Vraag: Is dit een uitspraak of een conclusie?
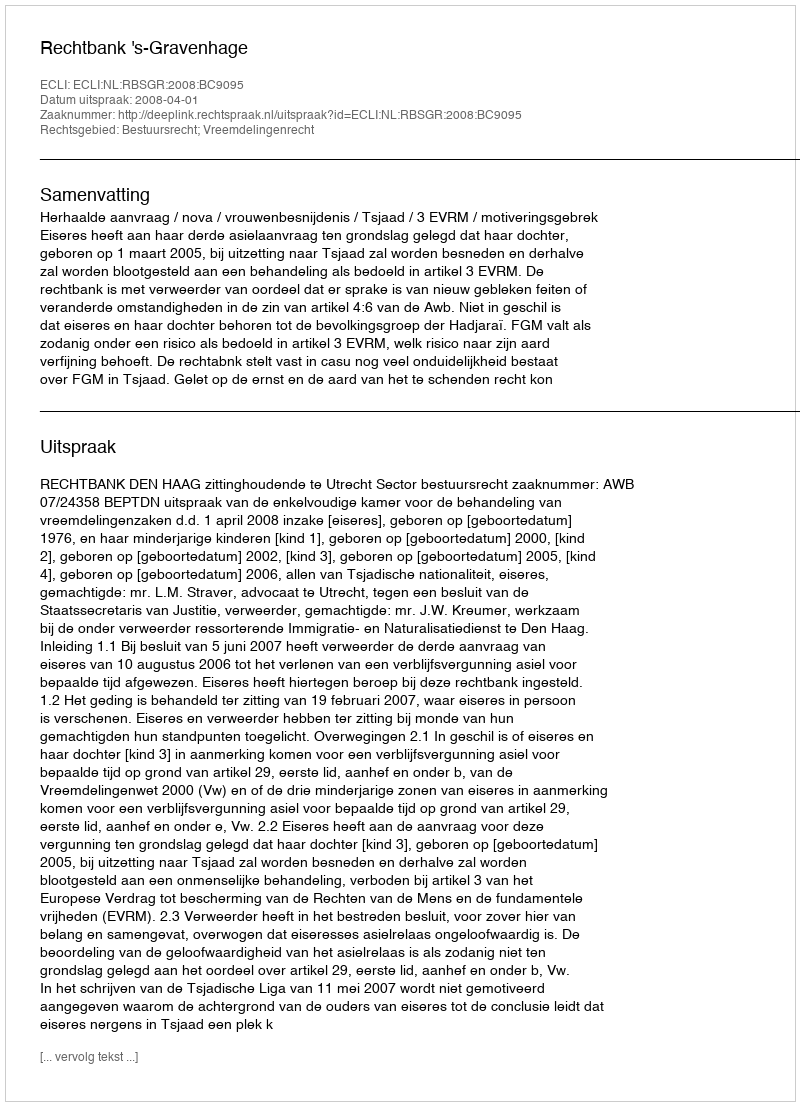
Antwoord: Uitspraak